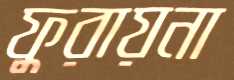
ফুরায়না